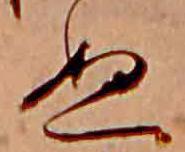
ぬ